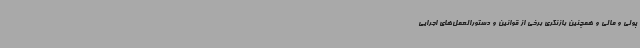
پولی و مالی و همچنین بازنگری برخی از قوانین و دستورالعمل‌های اجرایی